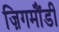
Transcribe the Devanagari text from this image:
ज़िगमौंडी